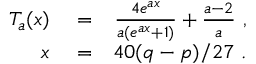
\begin{array} { r l r } { T _ { a } ( x ) } & { { } = } & { \frac { 4 e ^ { a x } } { a ( e ^ { a x } + 1 ) } + \frac { a - 2 } { a } \ , } \\ { x } & { { } = } & { 4 0 ( q - p ) / 2 7 \ . } \end{array}